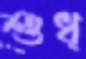
শুধ্